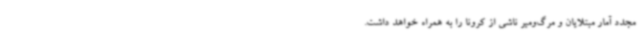
مجدد آمار مبتلایان و مرگ‌ومیر ناشی از کرونا را به همراه خواهد داشت.